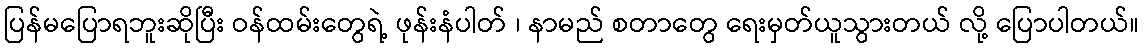
ပြန်မပြောရဘူးဆိုပြီး ဝန်ထမ်းတွေရဲ့ ဖုန်းနံပါတ် ၊ နာမည် စတာတွေ ရေးမှတ်ယူသွားတယ် လို့ ပြောပါတယ်။